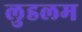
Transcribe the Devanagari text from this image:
लुडलम